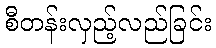
စီတန်းလှည့်လည်ခြင်း